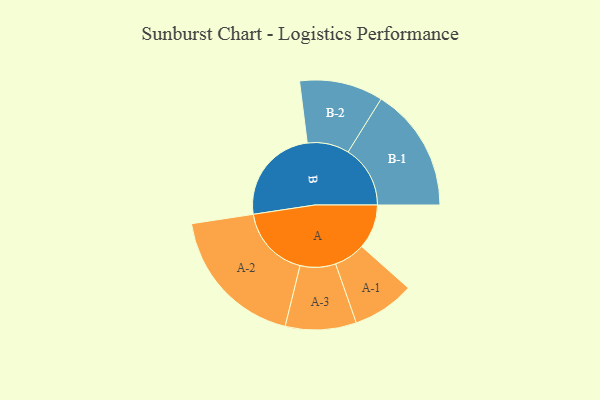
{"axis": {"x": "Segment", "y": "Value"}, "legend": ["", "A", "B"], "data": [{"x": "A", "y": 162, "type": ""}, {"x": "B", "y": 356, "type": ""}, {"x": "A-1", "y": 113, "type": "A"}, {"x": "A-2", "y": 263, "type": "A"}, {"x": "A-3", "y": 129, "type": "A"}, {"x": "B-1", "y": 226, "type": "B"}, {"x": "B-2", "y": 152, "type": "B"}]}